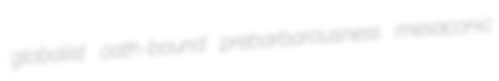
globalist oath-bound prebarbarousness mesaconic